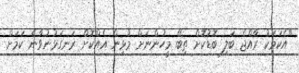
"އެކަމަކު ރާއްޖެ ބަލި ބޮޑުކޮށް ތިބޭ މީހުންނަށް މުޅިން އެއްކޮށް ރަނގަޅުނުވާނެ ކަމަށް